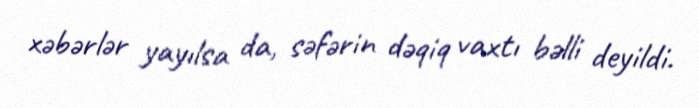
xəbərlər yayılsa da, səfərin dəqiq vaxtı bəlli deyildi.